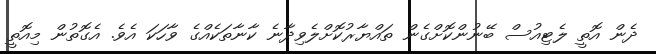
ދެން އޮތީ ލެޓިއުސް ބޭނުންކޮށްގެން ތައްޔާރުކޮށްލެވިދާނެ ކާނާތަކެއްގެ ވާހަކަ އެވެ. އެގޮތުން މިއޮތީ